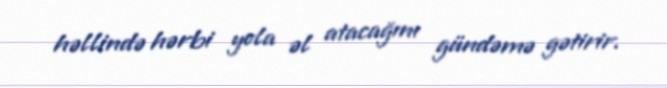
həllində hərbi yola əl atacağını gündəmə gətirir.